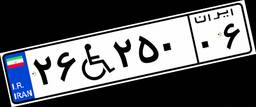
۲۶W۲۵۰۰۶